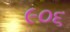
૯૦૬